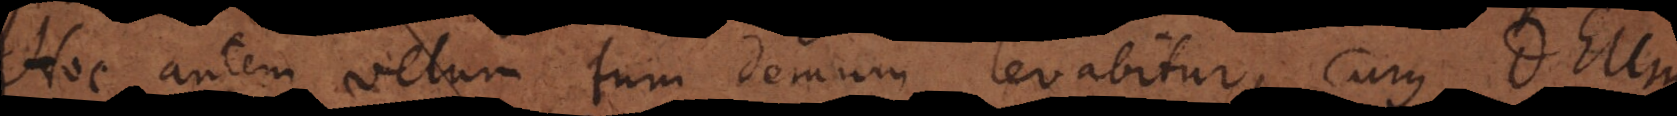
Hoc autem velum tum demum levabitur, cum Deum